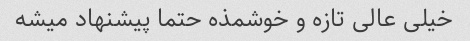
خیلی عالی تازه و خوشمذه حتما پیشنهاد میشه